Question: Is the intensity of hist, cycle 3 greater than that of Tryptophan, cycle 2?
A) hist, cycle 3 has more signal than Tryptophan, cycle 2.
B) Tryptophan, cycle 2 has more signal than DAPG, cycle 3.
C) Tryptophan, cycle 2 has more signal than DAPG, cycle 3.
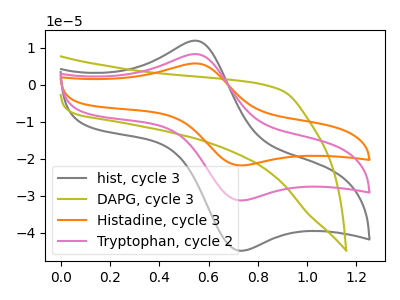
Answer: <think>The gray curve "hist, cycle 3" has an anodic peak at (0.55V, 11.95uA) and a cathodic peak at (0.75V, -44.85uA). The olive curve "DAPG, cycle 3" has no peaks. The orange curve "Histadine, cycle 3" has an anodic peak at (0.55V, 16.65uA) and a cathodic peak at (0.75V, -62.50uA). The pink curve "Tryptophan, cycle 2" has an anodic peak at (0.55V, 8.35uA) and a cathodic peak at (0.75V, -31.25uA).
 All the peaks in "hist, cycle 3" have a peak in "Tryptophan, cycle 2" at the same potential. Every peak in "hist, cycle 3" is higher than every peak in "Tryptophan, cycle 2".</think>
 <answer>A) "hist, cycle 3" has more signal than "Tryptophan, cycle 2".</answer>
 <eval>A</eval>